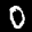
Digit: 0